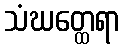
သံဃတ္ထေရာ